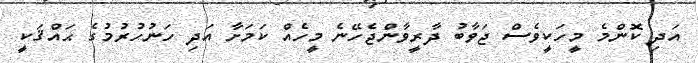
އަދި ކޮންމެ މީހަކީވެސް ޖަވާބު ދާރީވާންޖެހޭނެ މީހެއް ކަމަށާ އަދި ހަނުހުރުމުގެ ޙައްޤަކީ